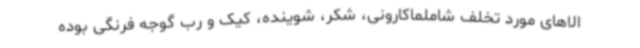
الاهای مورد تخلف شاملماکارونی، شکر، شوینده، کیک و رب گوجه فرنگی بوده